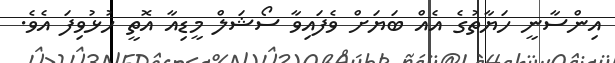
އިންސާނީ ހަޔާތުގެ އެއް ބަޔަށް ވެފައިވާ ސޯޝަލް މީޑިއާ އޮތީ ހުޅުވިފަ އެވެ.